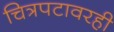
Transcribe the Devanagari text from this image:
चित्रपटावरही